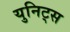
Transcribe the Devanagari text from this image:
युनिट्स